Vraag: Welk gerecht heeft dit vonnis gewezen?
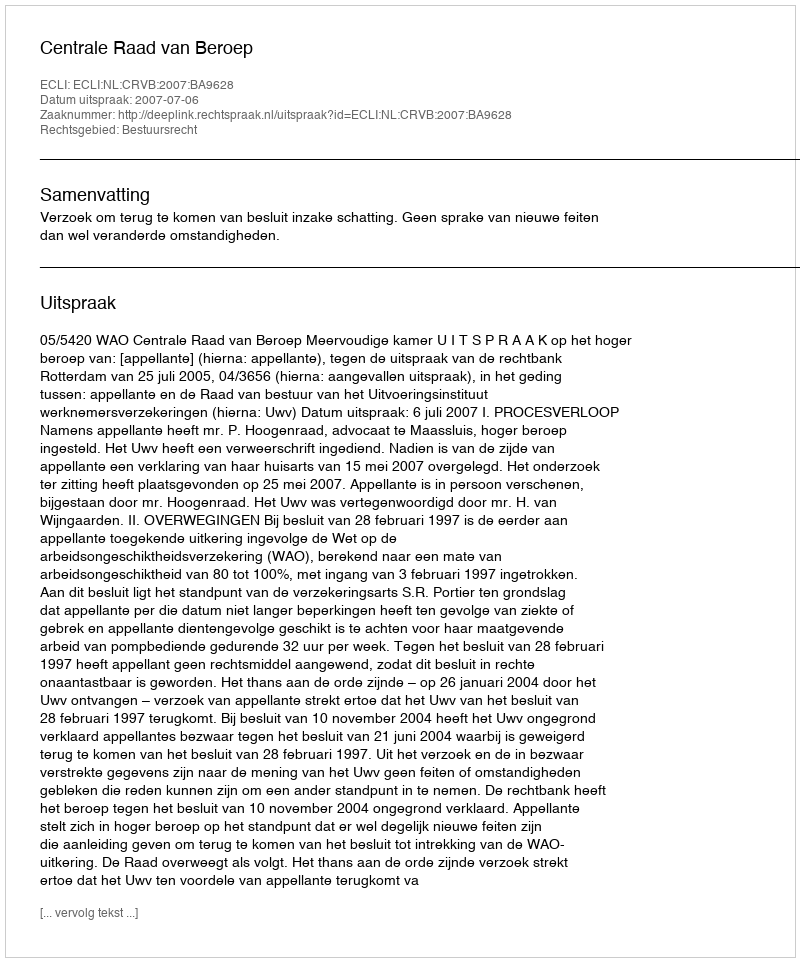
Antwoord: Centrale Raad van Beroep